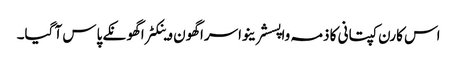
اس کارن کپتانی کا ذمہ واپسشرینواسراگھون وینکٹراگھونکے پاس آ گیا۔